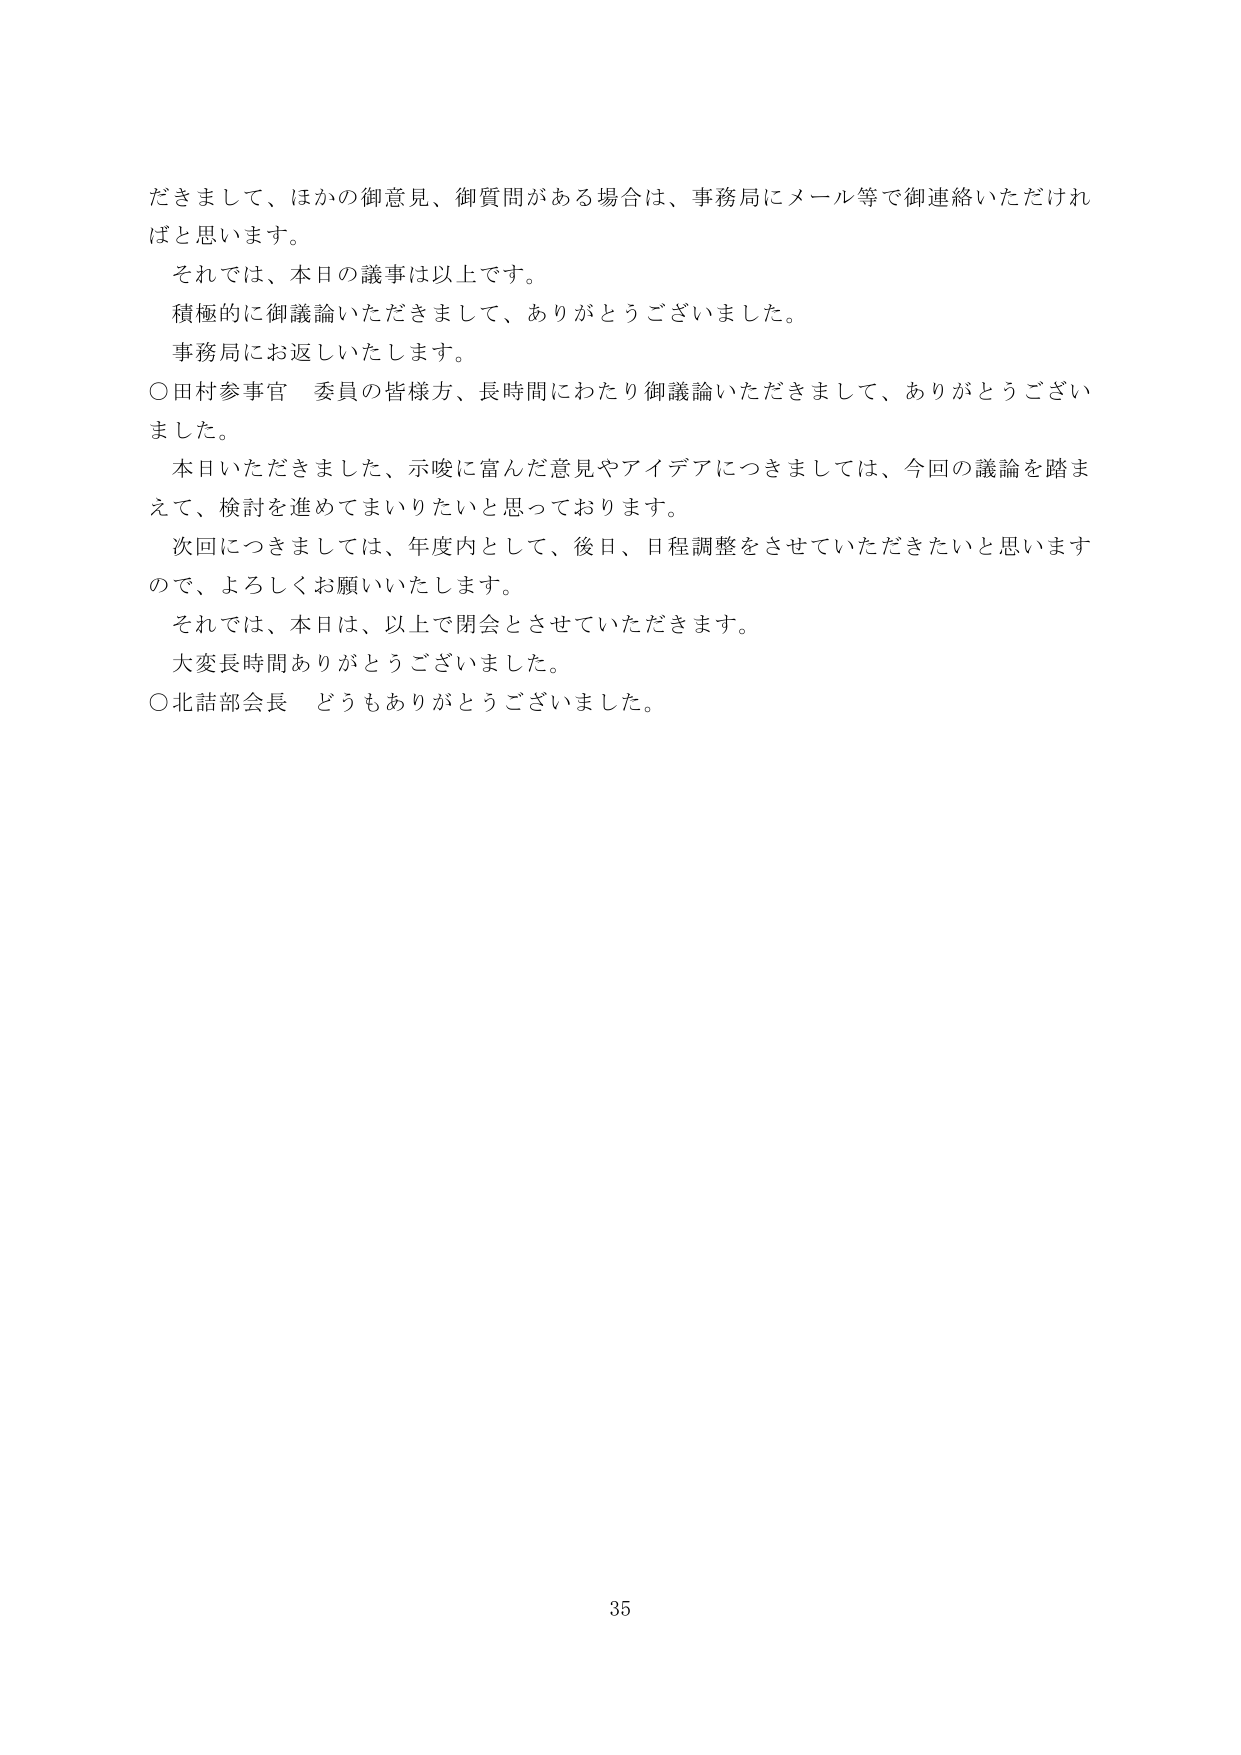
だきまして、ほかの御意見、御質問がある場合は、事務局にメール等で御連絡いただければと思います。
それでは、本日の議事は以上です。
積極的に御議論いただきまして、ありがとうございました。
事務局にお返しいたします。
○田村参事官 委員の皆様方、長時間にわたり御議論いただきまして、ありがとうございました。
本日いただきました、示唆に富んだ意見やアイデアにつきましては、今回の議論を踏まえて、検討を進めてまいりたいと思っております。
次回につきましては、年度内として、後日、日程調整をさせていただきたいと思いますので、よろしくお願いいたします。
それでは、本日は、以上で閉会とさせていただきます。
大変長時間ありがとうございました。
○北詰部会長 どうもありがとうございました。
35